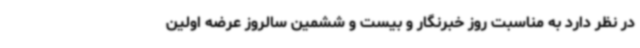
در نظر دارد به مناسبت روز خبرنگار و بیست و ششمین سالروز عرضه اولین